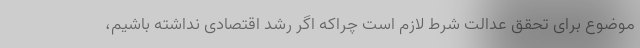
موضوع برای تحقق عدالت شرط لازم است چراکه اگر رشد اقتصادی نداشته باشیم،